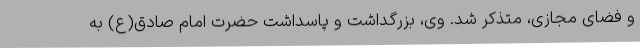
و فضای مجازی، متذکر شد. وی، بزرگداشت و پاسداشت حضرت امام صادق(ع) به